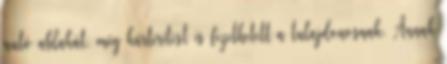
autó ablakát, még kártérítést is fizethetett a tulajdonosnak. Annak